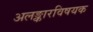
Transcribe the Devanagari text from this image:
अलङ्कारविषयक